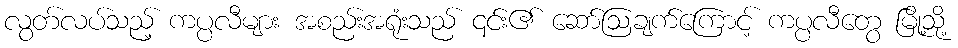
လွတ်လပ်သည့် ကပ္ပလီများ အစည်းအရုံးသည် ၎င်း၏ ဆော်ဩချက်ကြောင့် ကပ္ပလီတွေ မြို့သု့ိ